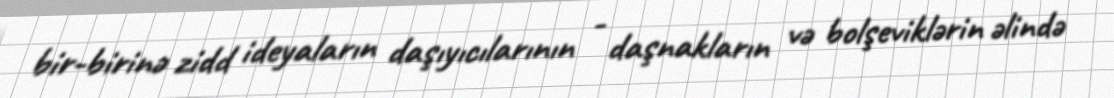
bir-birinə zidd ideyaların daşıyıcılarının - daşnakların və bolşeviklərin əlində